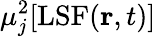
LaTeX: \mu_{j}^{2}[\mathrm{LSF}(\mathbf{r},t)]